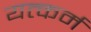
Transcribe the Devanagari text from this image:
यत्कर्म